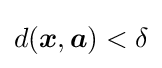
d({\boldsymbol {x}},{\boldsymbol {a}})<\delta